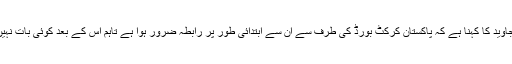
عاقب جاوید کا کہنا ہے کہ پاکستان کرکٹ بورڈ کی طرف سے ان سے ابتدائی طور پر رابطہ ضرور ہوا ہے تاہم اس کے بعد کوئی بات نہیں ہوئی۔